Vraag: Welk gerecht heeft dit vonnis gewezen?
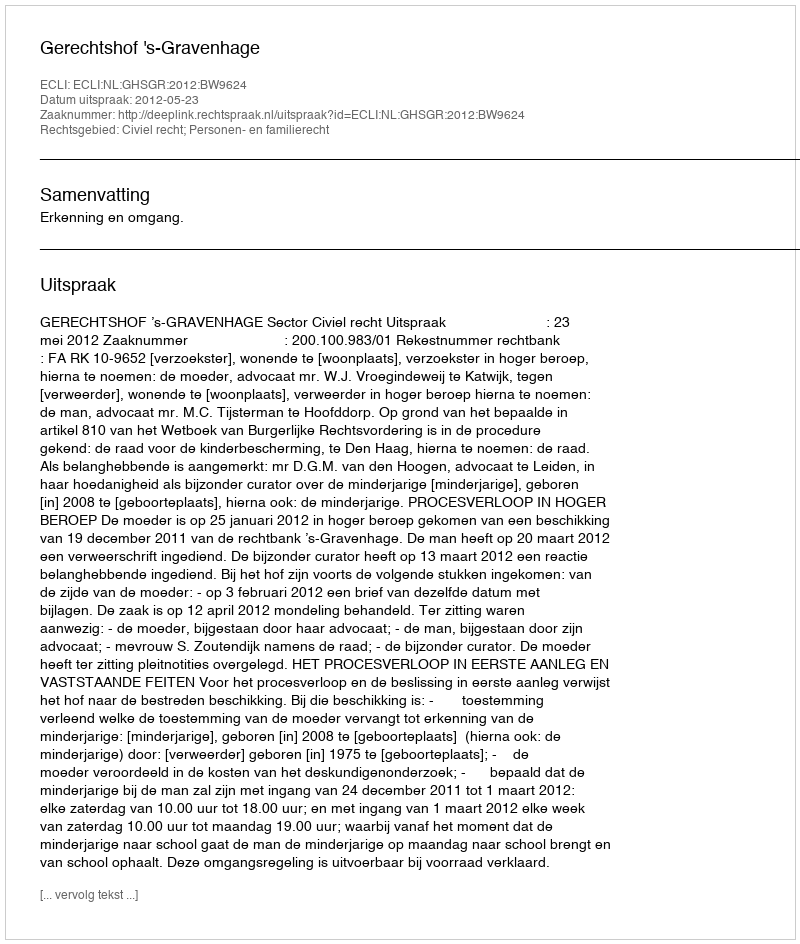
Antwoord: Gerechtshof 's-Gravenhage